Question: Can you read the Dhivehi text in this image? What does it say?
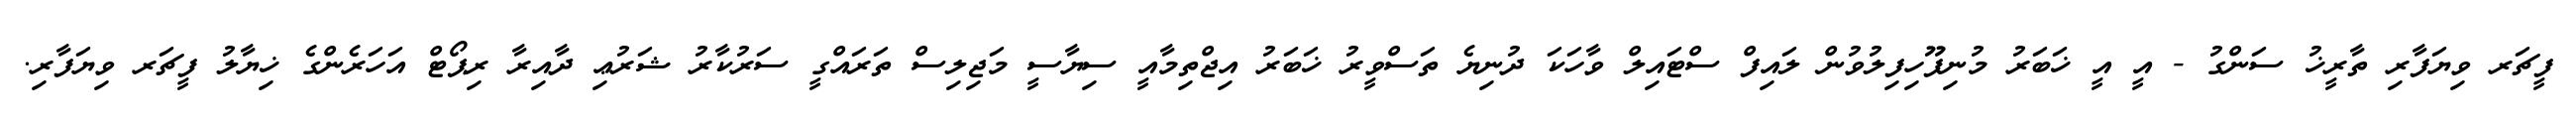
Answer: ފީޗަރ ވިޔަފާރި ތާރީޚު ސަންގު - އީ އީ ޚަބަރު މުނިފޫހިފިލުވުން ލައިފް ސްޓައިލް ވާހަކަ ދުނިޔެ ތަސްވީރު ޚަބަރު އިޖްތިމާއީ ސިޔާސީ މަޖިލިސް ތަރައްގީ ސަރުކާރު ޝަރުޢި ދާއިރާ ރިޕޯޓް އަހަރެންގެ ޚިޔާލު ފީޗަރ ވިޔަފާރި.